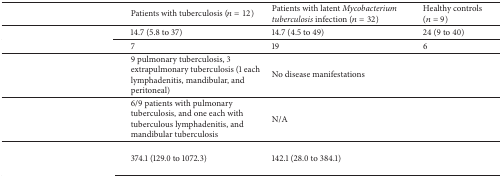
<table><thead><tr><td>[EMPTY_CELL]</td><td><b>Patients with tuberculosis (<i>n</i> = 12)</b></td><td><b>Patients with latent <i>Mycobacterium tuberculosis</i> infection (<i>n</i> = 32)</b></td><td><b>Healthy controls (<i>n</i> = 9)</b></td></tr></thead><tbody><tr><td>[EMPTY_CELL]</td><td>14.7 (5.8 to 37)</td><td>14.7 (4.5 to 49)</td><td>24 (9 to 40)</td></tr><tr><td>[EMPTY_CELL]</td><td>7</td><td>19</td><td>6</td></tr><tr><td>[EMPTY_CELL]</td><td>9 pulmonary tuberculosis, 3 extrapulmonary tuberculosis (1 each lymphadenitis, mandibular, and peritoneal)</td><td>No disease manifestations</td><td>[EMPTY_CELL]</td></tr><tr><td>[EMPTY_CELL]</td><td>6/9 patients with pulmonary tuberculosis, and one each with tuberculous lymphadenitis, and mandibular tuberculosis</td><td>N/A</td><td>[EMPTY_CELL]</td></tr><tr><td>[EMPTY_CELL]</td><td> 374.1 (129.0 to 1072.3)</td><td>142.1 (28.0 to 384.1)</td><td>[EMPTY_CELL]</td></tr></tbody></table>